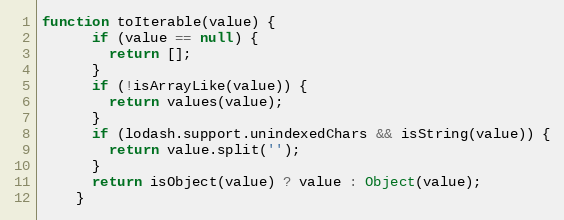
Language: JavaScript
function toIterable(value) {
      if (value == null) {
        return [];
      }
      if (!isArrayLike(value)) {
        return values(value);
      }
      if (lodash.support.unindexedChars && isString(value)) {
        return value.split('');
      }
      return isObject(value) ? value : Object(value);
    }